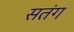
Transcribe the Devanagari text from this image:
सतंग